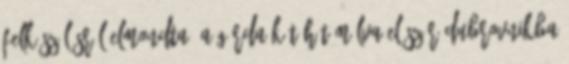
felkészülésről elmondta, a gárda két hét múlva először Dubrovnikba